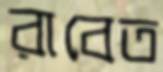
রাবেত